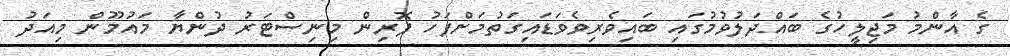
ގެ އާންމު މަޖިލީހުގެ ބައްދަލުވުމުގައި ބައިވެރިވެވަޑައިގަތުމަށްފަހު ފޮރިން މިނިސްޓަރު ދުންޔާ މައުމޫން މިއަދު